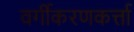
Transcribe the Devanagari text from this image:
वर्गीकरणकर्त्ता